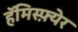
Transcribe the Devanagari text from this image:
हॅमिस्फ़्येर